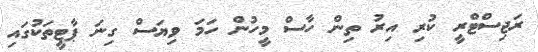
ރަޖިސްޓްރީ ކުރި އިރު ތިން ހާސް މީހުން ހަމަ ވިޔަސް ގިނަ ޕާޓީތަކުގައި